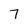
Character: 7